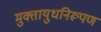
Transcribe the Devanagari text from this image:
मुक्तायुधनिरूपण